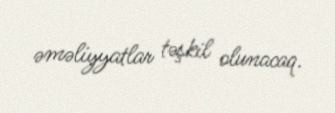
əməliyyatlar təşkil olunacaq.